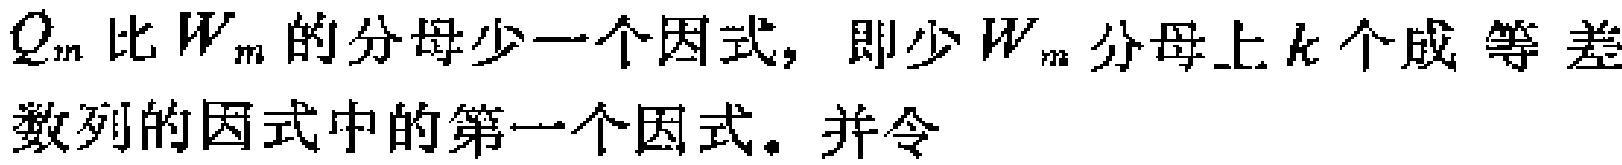
$Q_{m}$比$W_{m}$的分母少一个因式，即少$W_{m}$分母上$k$个成等差数列的因式中的第一个因式。并令